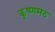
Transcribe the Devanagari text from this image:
कृष्णमठ